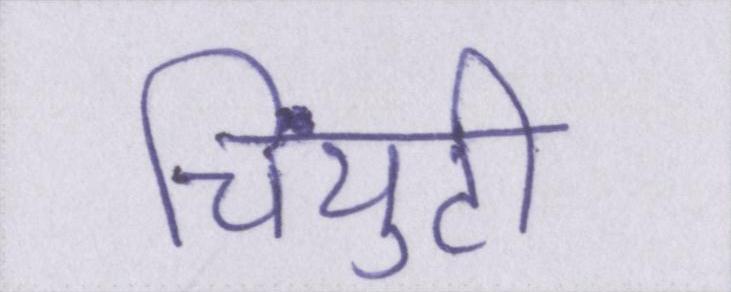
चिंयुटी